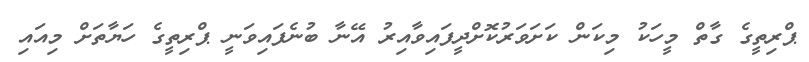
ޕްރިތީގެ ގާތް މީހަކު މިކަން ކަށަވަރުކޮށްދީފައިވާއިރު އޭނާ ބުނެފައިވަނީ ޕްރިތީގެ ހަޔާތަށް މިއައި